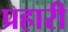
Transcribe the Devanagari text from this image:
प्रहारी